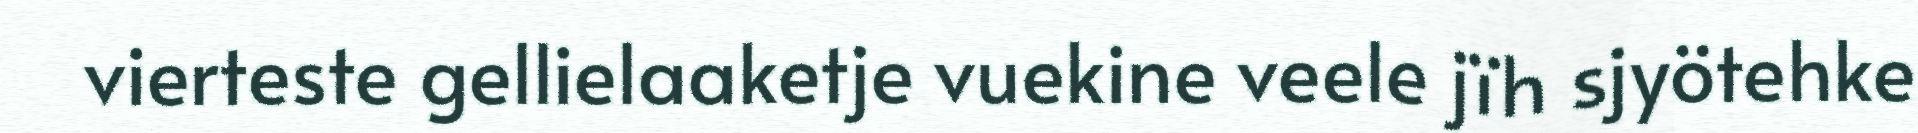
vierteste gellielaaketje vuekine veele jïh sjyötehke